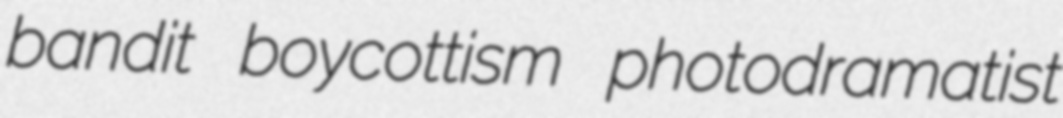
bandit boycottism photodramatist